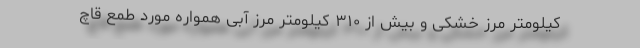
کیلومتر مرز خشکی و بیش از ۳۱۰ کیلومتر مرز آبی همواره مورد طمع قاچ